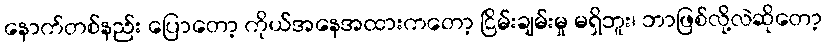
နောက်တစ်နည်း ပြောတော့ ကိုယ်အနေအထားကတော့ ငြိမ်းချမ်းမှု မရှိဘူး၊ ဘာဖြစ်လို့လဲဆိုတော့